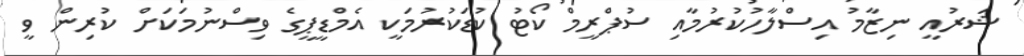
ޝަރުއީ ނިޒާމު އިސްލާހުކުރުމާއި ސުޕްރީމް ކޯޓު ކުޑަކުރުމަކީ އެމްޑީޕީގެ ވިސްނުމަކަށް ކުރިން ވީ